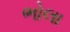
ભોલા